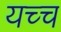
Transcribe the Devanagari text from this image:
यच्च